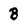
Character: B